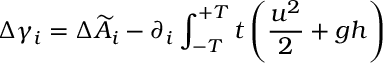
{ \Delta \gamma _ { i } = \Delta \widetilde { A } _ { i } - \partial _ { i } \int _ { - T } ^ { + T } \d { } t \left( \frac { u ^ { 2 } } { 2 } + g h \right) }